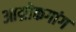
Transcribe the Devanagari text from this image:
आम्रोकगांग